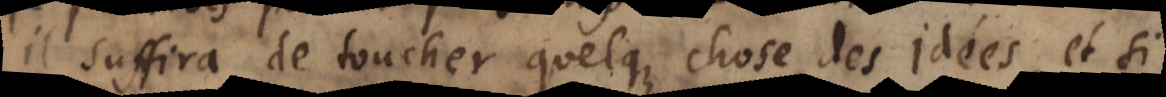
il suffira de toucher quelque chose des idées, et si